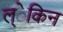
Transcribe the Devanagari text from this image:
ल्ेकिन